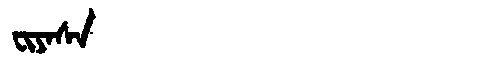
Manchu: ᠸᡳᠶᠠᠰᠠ
Romanization: FIYASA